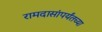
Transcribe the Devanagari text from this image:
रामदासांपर्यंतच्या